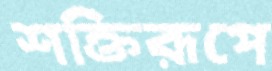
শক্তিরূপে